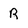
Character: R